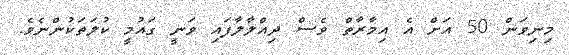
މިނިވަން 50 އަށް އެ އިމާރާތް ވެސް ދިއްލާލާފައި ވަނީ ގައުމީ ކުލަތަކުންނެވެ.